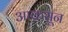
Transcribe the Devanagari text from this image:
आक्रसून